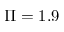
\Pi = 1 . 9